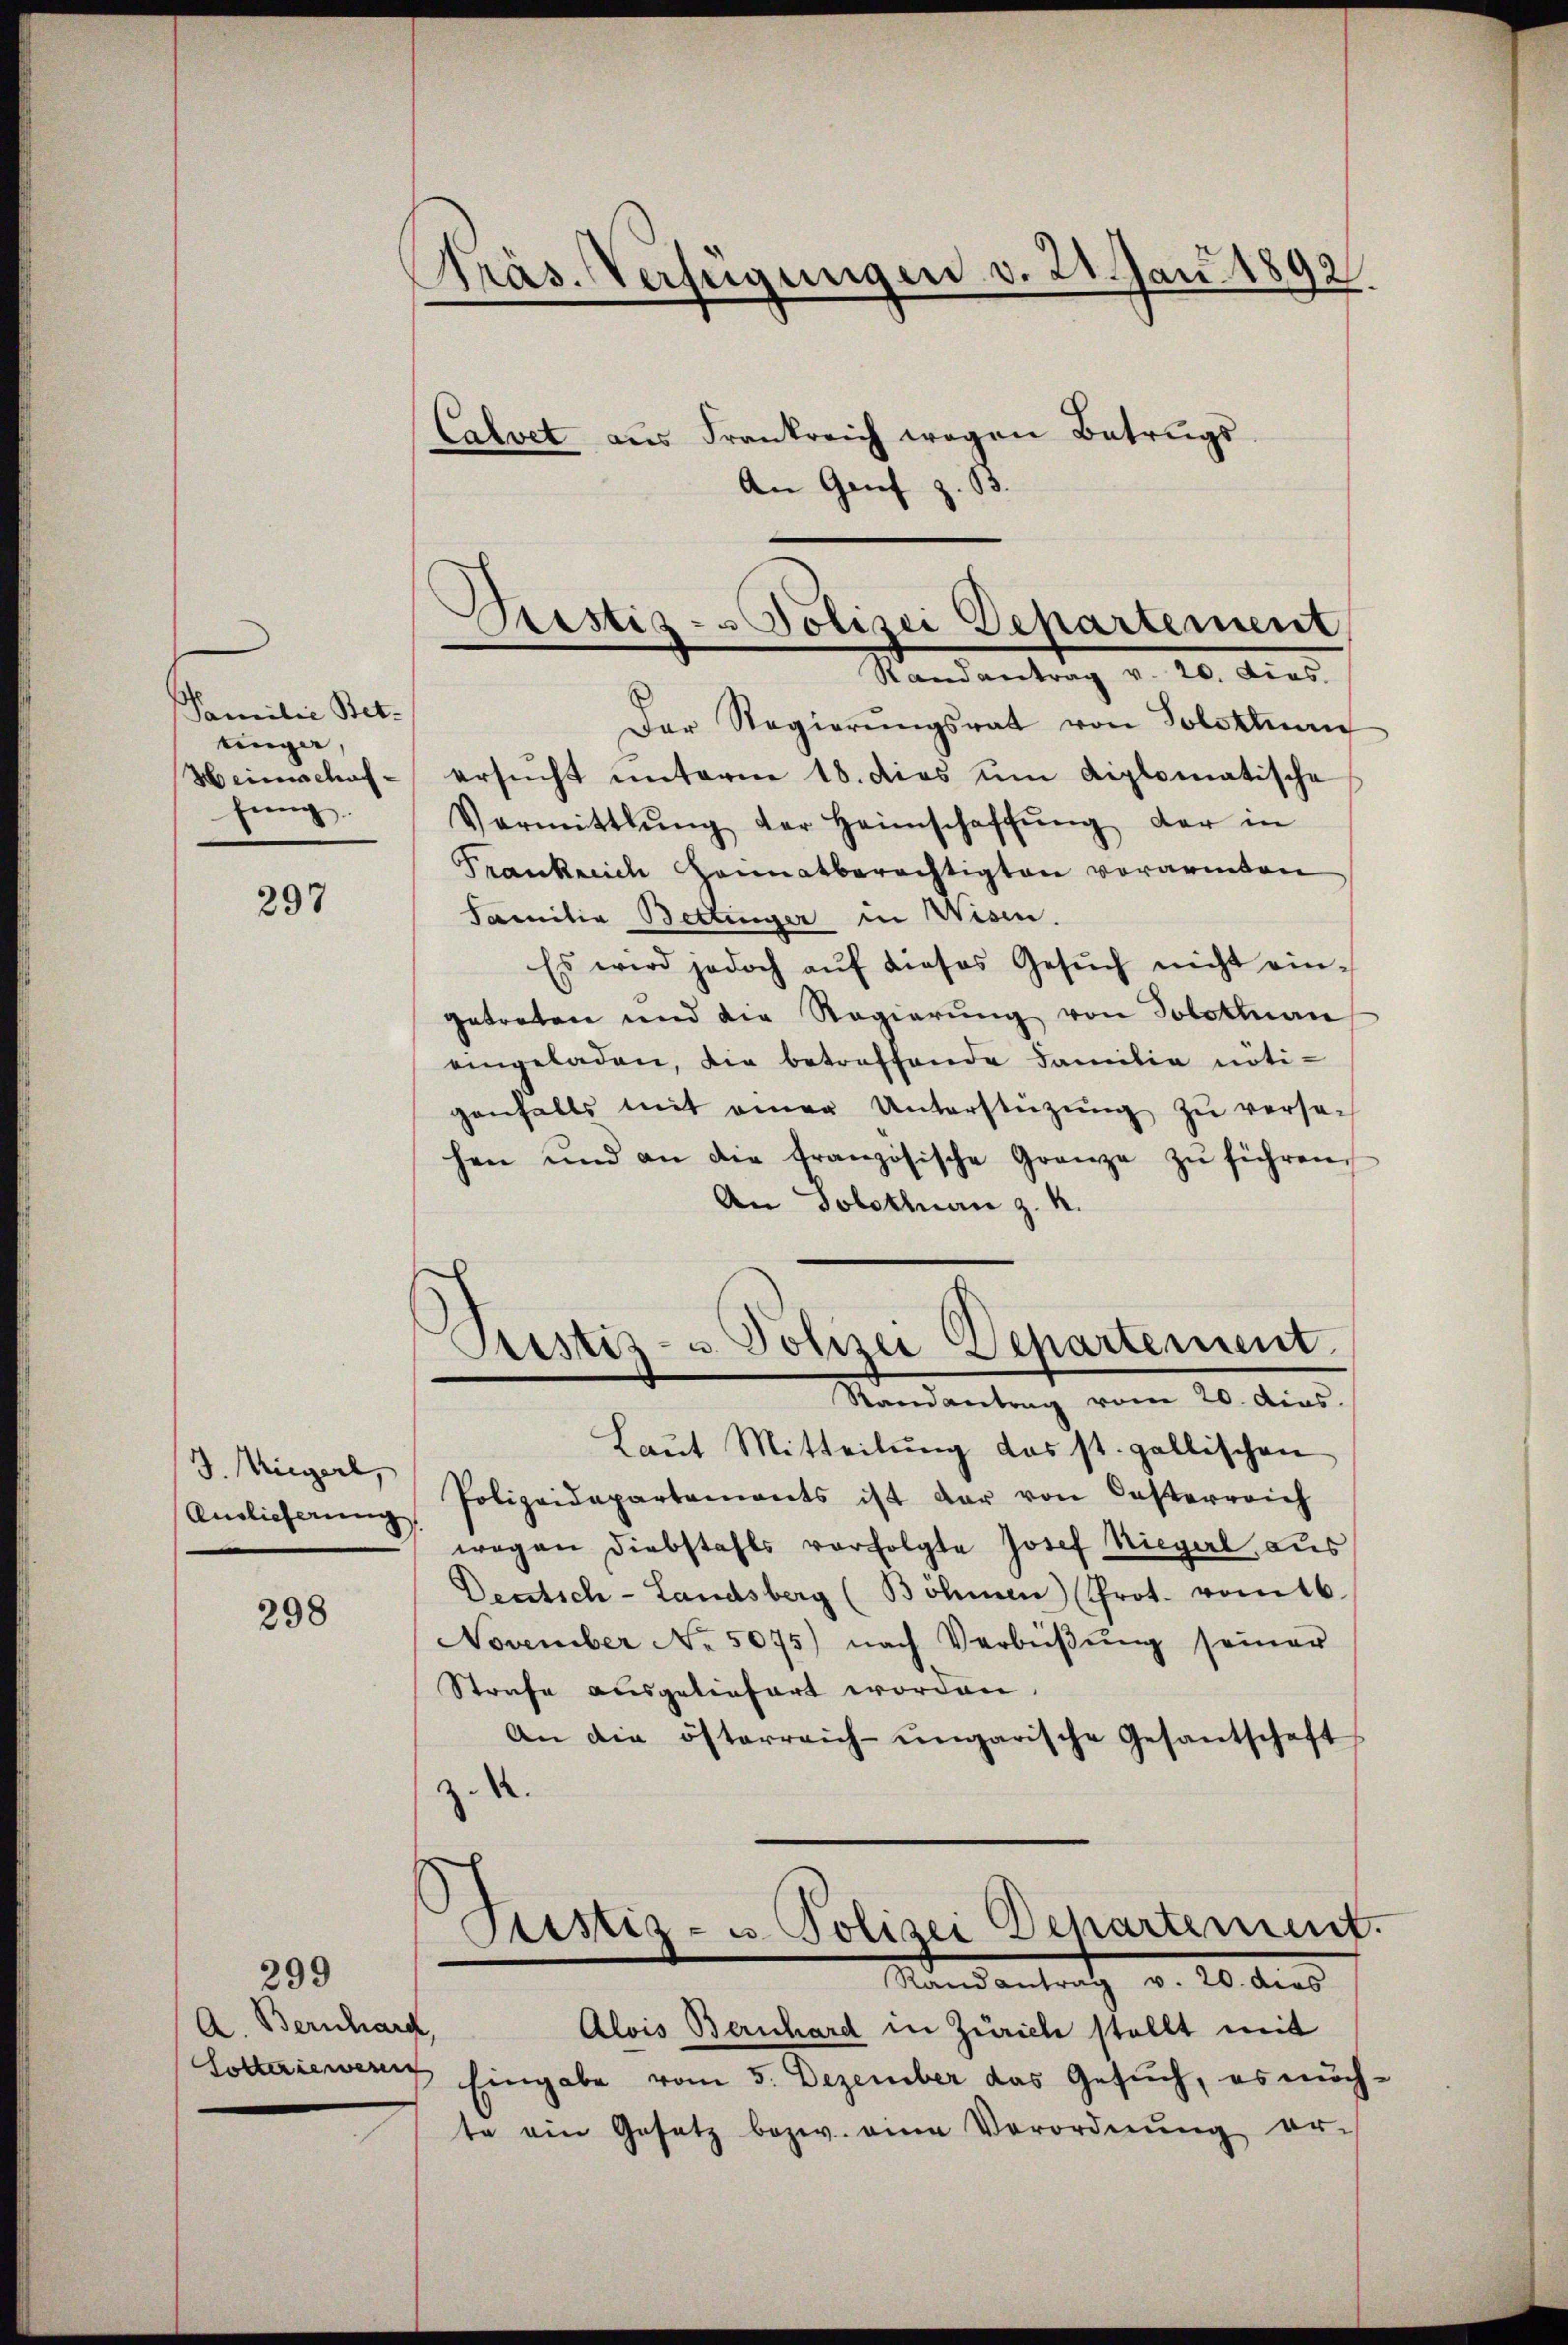
Familie Bettinger,
Heimschaf
fung.

297

J. Wiegerl,
Auslieferung

298

299
A. Bernhard,

Präs. Verfügungen v. 21. Jan. 1892.

d
Prustiz- u Polizei Departement
Randantrag v. 20. dies

Calvet aus Frankreich wegen Betrugs
An Genf z. B.

Der Regierŭngsrat von Solothurn
ersŭcht unterne 18. dies um diplomatische
Vermittlung der Heimschaffŭng der in
Frankreich Heimatberechtigten vorarmten
Familie Bettinger in Wisen.
Es wird jedoch aŭf dieses Gesŭch nicht ein-
getreten und die Regierung von Solotenan
eingeladen, die betreffende Familia nötigenfalls mit einer Unterstützŭng zŭ versehen und an die französische Grenze zŭ führen.
An Solothurn z. B.
Laŭt Mitteilŭng das st. gallischen
Polizeidepartements ist dar von Casterreich
wegen Diebstahls verfolgte Josef Hiegerl, aus
Desslich-Landsberg (Böhmen (Prot. vom 16.
November No. 5075) nach Verbüβŭng seiner
Strafe ausgeliefert worden.
An die österreich-ungarische Gesantschaft
z. 4.
Justiz- u. Polizei Departement.
Mandantrath v. 20. dens
Alois Bernhard in Zürich stellt mit
Lotteriewenn hingabe vom 5. Dezember das Gesuch, es möchte ein Gesetz bezw. eine Verordnŭng er-

¬
Justiz- u Polizei Departement.
Randantrag vom 20. dies